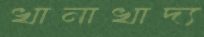
খানাখাদ্য